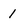
Character: 1